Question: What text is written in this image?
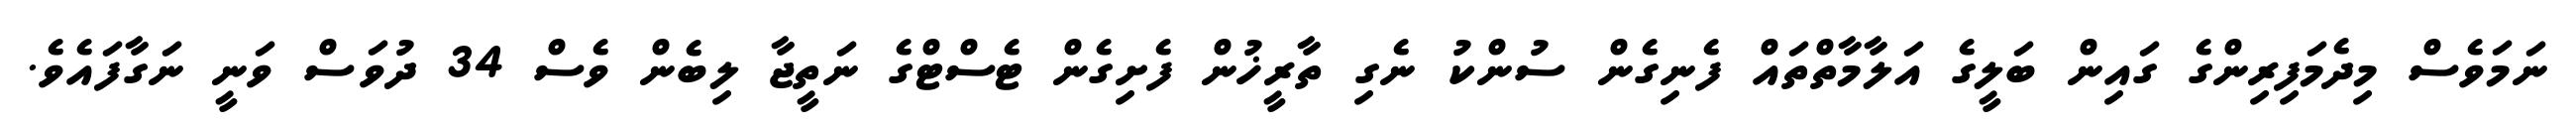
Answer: ނަމަވެސް މިދެމަފިރިންގެ ގައިން ބަލީގެ އަލާމާތްތައް ފެނިގެން ސުންކު ނެގި ތާރީޚުން ފެށިގެން ޓެސްޓްގެ ނަތީޖާ ލިބެން ވެސް 34 ދުވަސް ވަނީ ނަގާފައެވެ.